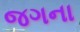
જગના